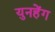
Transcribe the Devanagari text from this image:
युनहेंग